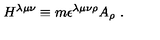
H ^ { \lambda \mu \nu } \equiv m \epsilon ^ { \lambda \mu \nu \rho } A _ { \rho } \ .